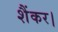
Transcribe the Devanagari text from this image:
शैंकर।